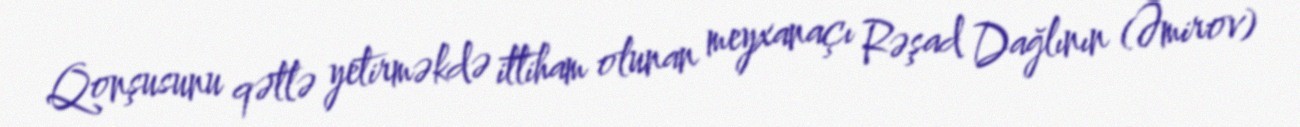
Qonşusunu qətlə yetirməkdə ittiham olunan meyxanaçı Rəşad Dağlının (Əmirov)